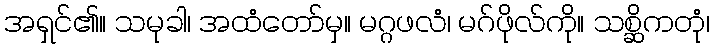
အရှင်၏။ သမုခါ၊ အထံတော်မှ။ မဂ္ဂဖလံ၊ မဂ်ဖိုလ်ကို။ သစ္ဆိကတုံ၊